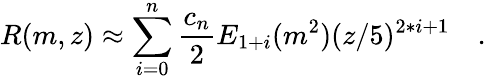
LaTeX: R(m,z)\approx\sum_{i=0}^{n}\frac{c_{n}}{2}E_{1+i}(m^{2})(z/5)^{2*i+1}\quad.